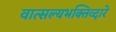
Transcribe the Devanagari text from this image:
वात्सल्यभक्तिव्दारे